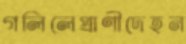
গলিলেপ্রাণীদেহন